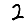
Digit: 2